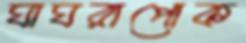
ঘাঘরাপোক